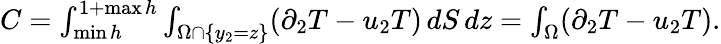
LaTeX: \begin{array}{r}{C=\int_{\operatorname*{min}h}^{1+\operatorname*{max}h}\int_{\Omega\cap\{ y_{2}=z\} }(\partial_{2}T-u_{2}T)\, dS\, dz=\int_{\Omega}(\partial_{2}T-u_{2}T).}\end{array}